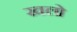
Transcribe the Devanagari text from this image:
खलो